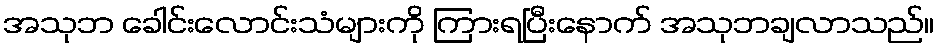
အသုဘ ခေါင်းလောင်းသံများကို ကြားရပြီးနောက် အသုဘချလာသည်။